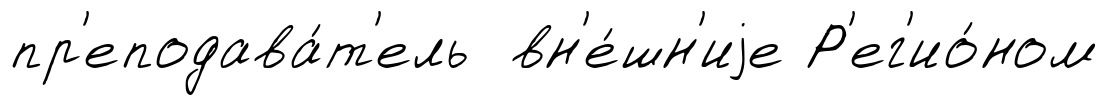
пр'еподава́т'ель вн'е́шн'иjе Р'ег'ио́ном